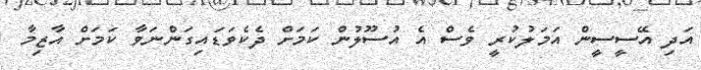
އަދި އޭސީސީން އަމަލުކުރީ ވެސް އެ އުސޫލުން ކަމަށް ދެކެވަޑައިގަންނަވާ ކަމަށް އާޒިމާ